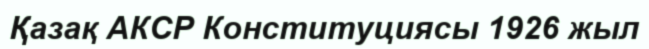
Қазақ АКСР Конституциясы 1926 жыл